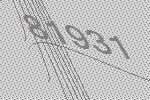
81931